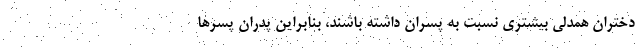
دختران همدلی بیشتری نسبت به پسران داشته باشند، بنابراین پدران پسرها